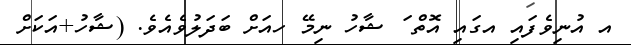
އ އުނިވެފައި އގައި އޮތް ަ ޝާހު ނިމޭ ހއަށް ބަދަލުވެއެވެ. (ޝާހު+އަކަށް